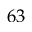
6 3